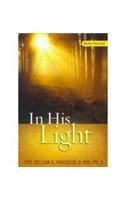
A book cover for In His Light; William A. Anderson; Christian Books & Bibles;